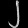
Digit: ၂